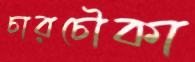
চারচৌকা